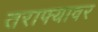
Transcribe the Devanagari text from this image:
तराफ्यावर